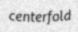
centerfold